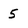
Character: 5